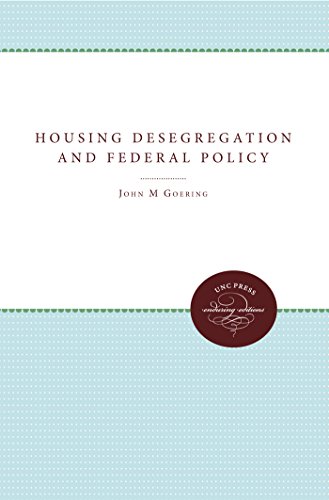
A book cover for Housing Desegregation and Federal Policy (Urban and Regional Policy and Development Studies); Law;